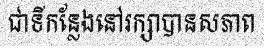
ជាទីកន្លែងនៅរក្សាបានសភាព